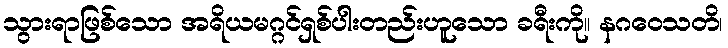
သွားရာဖြစ်သော အရိယမဂ္ဂင်ရှစ်ပါးတည်းဟူသော ခရီးကို။ နဂဝေသတိ၊